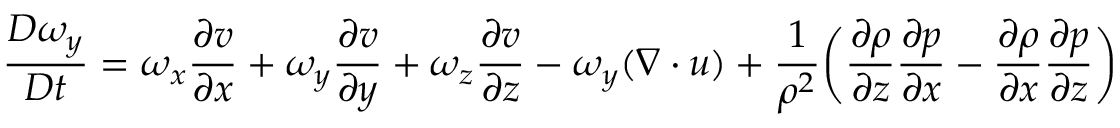
\frac { D \omega _ { y } } { D t } = \omega _ { x } \frac { \partial v } { \partial x } + \omega _ { y } \frac { \partial v } { \partial y } + \omega _ { z } \frac { \partial v } { \partial z } - \omega _ { y } ( \boldsymbol { \nabla \cdot u } ) + \frac { 1 } { \rho ^ { 2 } } \bigg ( \frac { \partial \rho } { \partial z } \frac { \partial p } { \partial x } - \frac { \partial \rho } { \partial x } \frac { \partial p } { \partial z } \bigg )